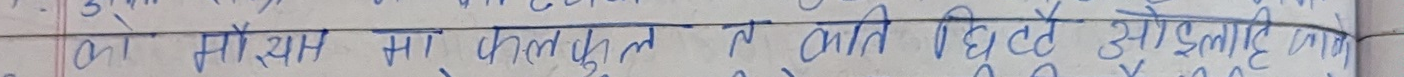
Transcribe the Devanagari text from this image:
०४, मा, फलफूल,  तथा, विउवाट, हुर्काइएको, विरुवाहरु